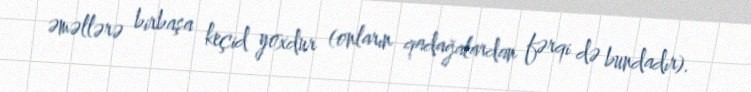
əməllərə birbaşa keçid yoxdur (onların qadağalardan fərqi də bundadır).